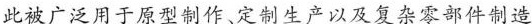
此被广泛用于原型制作、定制生产以及复杂零部件制造